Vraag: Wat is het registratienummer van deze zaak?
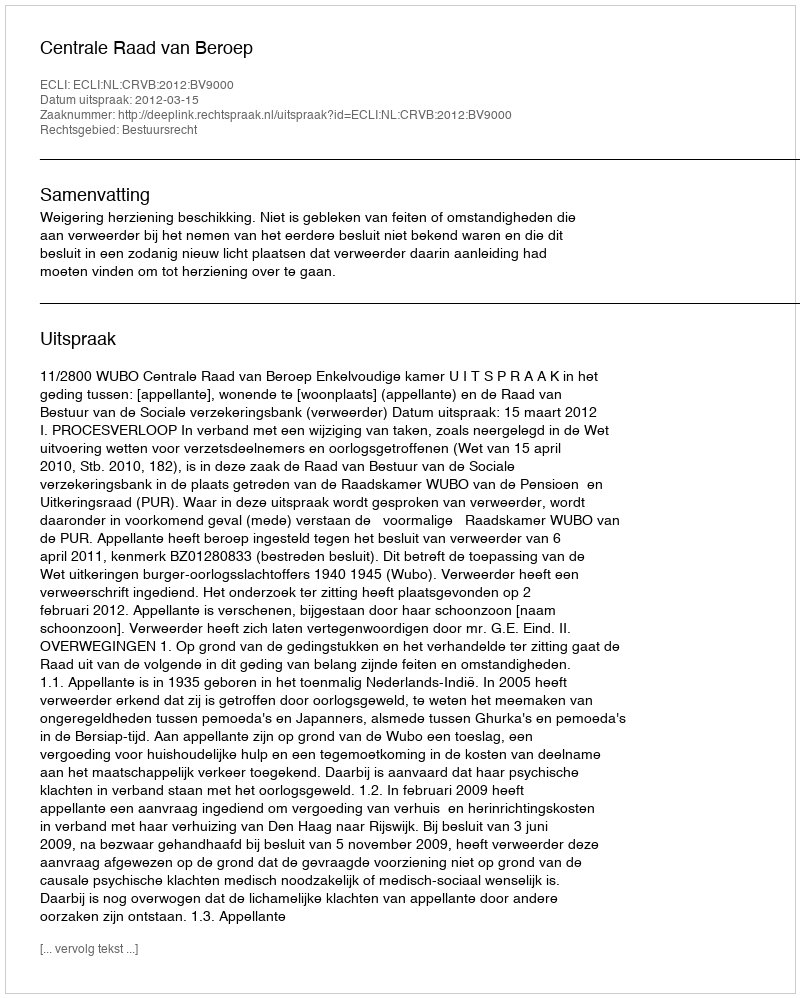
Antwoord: http://deeplink.rechtspraak.nl/uitspraak?id=ECLI:NL:CRVB:2012:BV9000